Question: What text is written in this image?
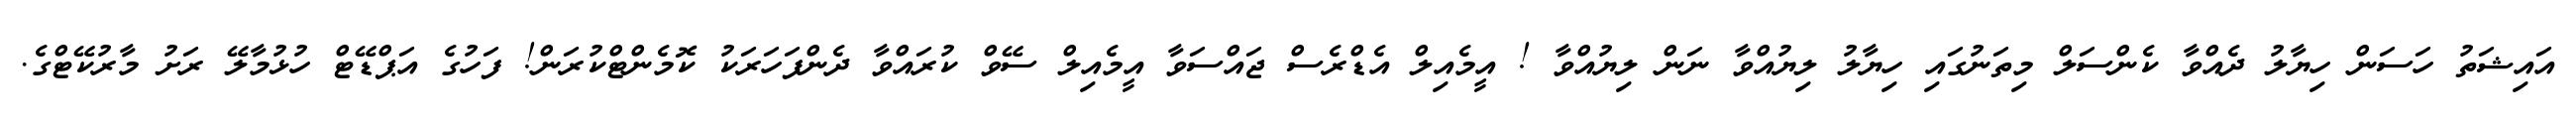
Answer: އައިޝަތު ހަސަން ހިޔާލު ދެއްވާ ކެންސަލް މިތަނުގައި ހިޔާލު ލިޔުއްވާ ނަން ލިޔުއްވާ ! އީމެއިލް އެޑްރެސް ޖައްސަވާ އީމެއިލް ސޭވް ކުރައްވާ ދެންފަހަރަކު ކޮމެންޓްކުރަން! ފަހުގެ އަޕްޑޭޓް ހުޅުމާލޭ ރަށު މާރުކޭޓްގެ.